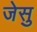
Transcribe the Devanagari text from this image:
जेसु